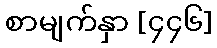
စာမျက်နှာ [၄၄၆]